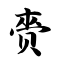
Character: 赍